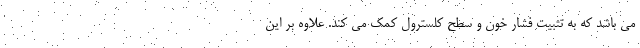
می باشد که به تثبیت فشار خون و سطح کلسترول کمک می کند. علاوه بر این